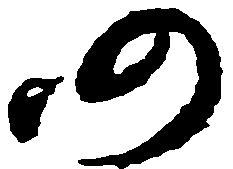
仍